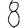
Digit: 8